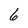
Character: 6